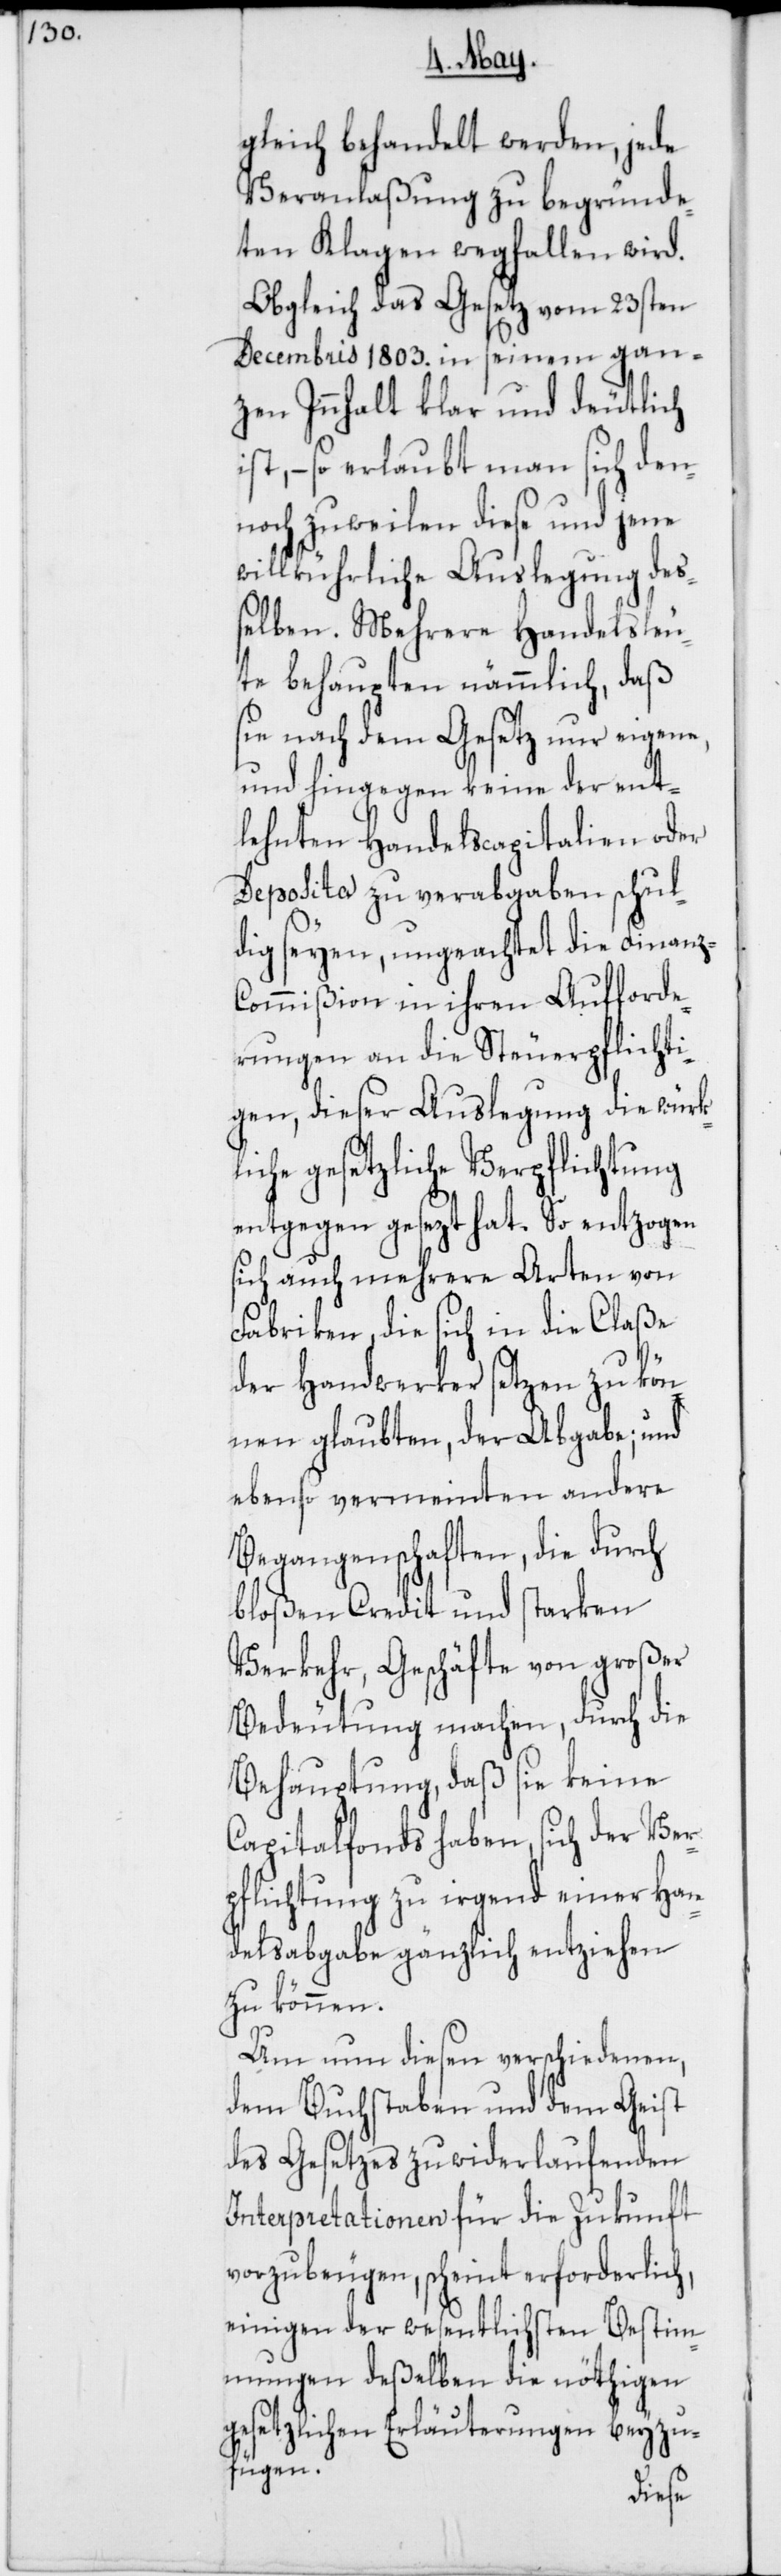
gleich behandelt werden, jede
Veranlaßung zu begründe¬
ten Klagen wegfallen wird.
Obgleich das Gesetz vom 23sten
Decembris 1803. in seinem gan¬
zen Innhalt klar und deutlich
ist, – so erlaubt man sich den¬
noch zuweilen diese und jene
willkührliche Auslegung deß¬
elben. Mehrere Handelsleu¬
te behaupten nämmlich, daß
sie nach dem Gesetz nur eigene,
und hingegen keine der ent¬
lehnten Handelscapitalien oder
Deposita zu verabgaben schul¬
dig seyen, ungeachtet die Finanz-C¬
ommißion in ihren Aufforde¬
rungen an die Steuerpflichti¬
gen, dieser Auslegung die würk¬
liche gesetzliche Verpflichtung
entgegen gesezt hat. So entzogen
sich auch mehrere Arten von
Fabriken, die sich in die Claße
der Handwerker setzen zu kön¬
nen glaubten, der Abgabe; und
ebenso vermeinten andere
Begangenschaften, die durch
bloßen Credit und starken
Verkehr, Geschäfte von großer
Bedeutung machen, durch die
Behauptung, daß sie keine
Capitalfonds haben, sich der Ver¬
pflichtung zu irgend einer Han¬
delsabgabe gänzlich entziehen
zu können.
Um nun diesen verschiedenen,
dem Buchstaben und dem Geist
des Gesetzes zuwiderlaufenden
Interpretationen für die Zukunft
vorzubeugen, scheint erforderlich,
einigen der wesentlichsten Bestimm¬
ungen deßelben die nöthigen
gesetzlichen Erläuterungen beyzu¬
fügen.